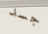
جسد